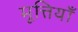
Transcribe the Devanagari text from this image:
मूत्तियाँ